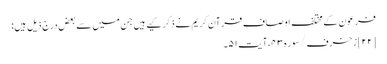
فرعون کے مختلف اوصاف قرآن کریم نے ذکر کیے ہیں جن میں سے بعض درج ذیل ہیں:
[۲۲] زخرف/سوره۴۳، آیت ۵۱۔